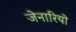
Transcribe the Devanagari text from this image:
जेनारियो